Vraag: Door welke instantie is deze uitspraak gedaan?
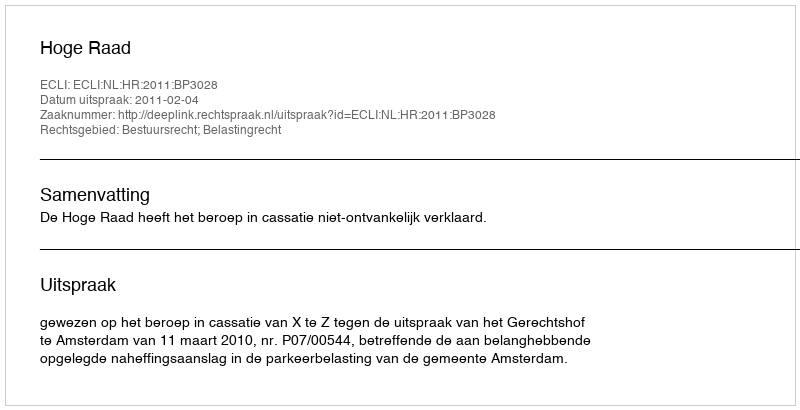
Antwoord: Hoge Raad